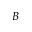
B